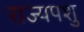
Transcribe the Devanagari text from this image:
राज्यपशु